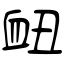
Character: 衄